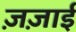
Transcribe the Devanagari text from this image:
ज़ज़ाई